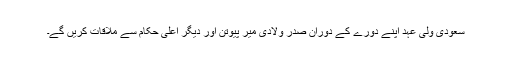
سعودی ولی عہد اپنے دورے کے دوران صدر ولادی میر پیوتن اور دیگر اعلی حکام سے ملاقات کریں گے۔